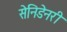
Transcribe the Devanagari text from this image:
सेनिडेनरी